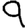
Digit: 9